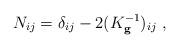
LaTeX: \begin{align*}N_{ij}=\delta _{ij}-2(K_{\mathbf{g}}^{-1})_{ij}~, \end{align*}